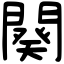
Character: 闋